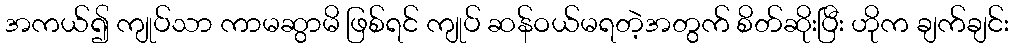
အကယ်၍ ကျုပ်သာ ကာမဆွာမိ ဖြစ်ရင် ကျုပ် ဆန်ဝယ်မရတဲ့အတွက် စိတ်ဆိုးပြီး ဟိုက ချက်ချင်း